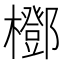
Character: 𣞽